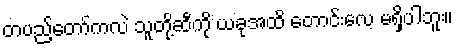
တပည့်တော်ကလဲ သူတို့ဆီကို ယခုအထိ တောင်းလေ့ မရှိပါဘူး။